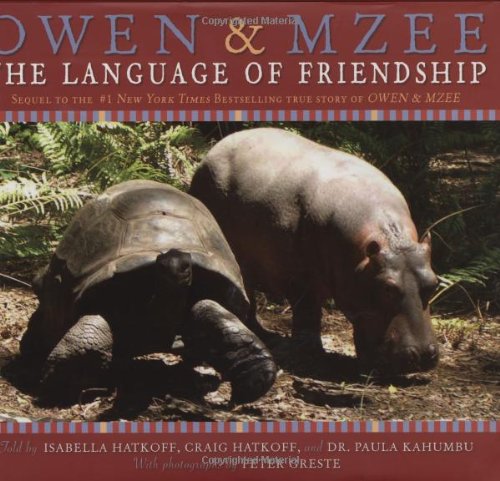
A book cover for Owen & Mzee: Language Of Friendship; Isabella Hatkoff; Children's Books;